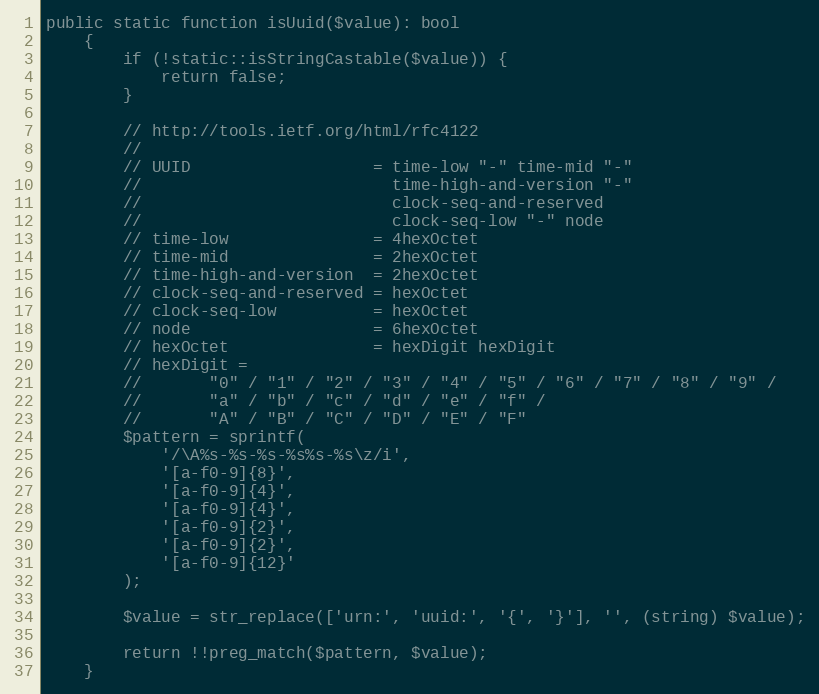
Language: PHP
public static function isUuid($value): bool
    {
        if (!static::isStringCastable($value)) {
            return false;
        }

        // http://tools.ietf.org/html/rfc4122
        //
        // UUID                   = time-low "-" time-mid "-"
        //                          time-high-and-version "-"
        //                          clock-seq-and-reserved
        //                          clock-seq-low "-" node
        // time-low               = 4hexOctet
        // time-mid               = 2hexOctet
        // time-high-and-version  = 2hexOctet
        // clock-seq-and-reserved = hexOctet
        // clock-seq-low          = hexOctet
        // node                   = 6hexOctet
        // hexOctet               = hexDigit hexDigit
        // hexDigit =
        //       "0" / "1" / "2" / "3" / "4" / "5" / "6" / "7" / "8" / "9" /
        //       "a" / "b" / "c" / "d" / "e" / "f" /
        //       "A" / "B" / "C" / "D" / "E" / "F"
        $pattern = sprintf(
            '/\A%s-%s-%s-%s%s-%s\z/i',
            '[a-f0-9]{8}',
            '[a-f0-9]{4}',
            '[a-f0-9]{4}',
            '[a-f0-9]{2}',
            '[a-f0-9]{2}',
            '[a-f0-9]{12}'
        );

        $value = str_replace(['urn:', 'uuid:', '{', '}'], '', (string) $value);

        return !!preg_match($pattern, $value);
    }